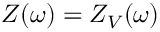
Z ( \omega ) = Z _ { V } ( \omega )